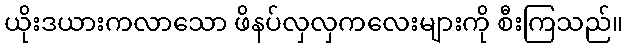
ယိုးဒယားကလာသော ဖိနပ်လှလှကလေးများကို စီးကြသည်။